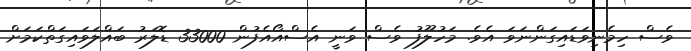
ވެސް ހިމެނިވަޑައިގަންނަވަ އެވެ. މަހުލޫފު ވެސް ވަނީ އެސްއޯއެފުން 33000 ޑޮލަރު ބައްލަވައިގަތްކަމަށް